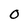
Character: 0